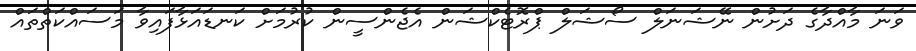
ވަނަ މާއްދާގެ ދަށުން ނޭޝަނަލް ސޯޝަލް ޕްރޮޓެކްޝަން އެޖެންސީން ކުރުމަށް ކަނޑައަޅާފައިވާ މަސައްކަތްތައް